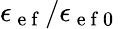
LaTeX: \epsilon_{\mathrm{~e~f~}}/\epsilon_{\mathrm{~e~f~0~}}